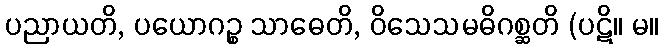
ပညာယတိ, ပယောဂဉ္စ သာဓေတိ, ဝိသေသမဓိဂစ္ဆတိ (ပဋိ။ မ။